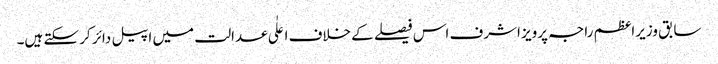
سابق وزیراعظم راجہ پرویز اشرف اس فیصلے کے خلاف اعلٰی عدالت میں اپیل دائر کر سکتے ہیں۔